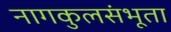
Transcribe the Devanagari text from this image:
नागकुलसंभूता